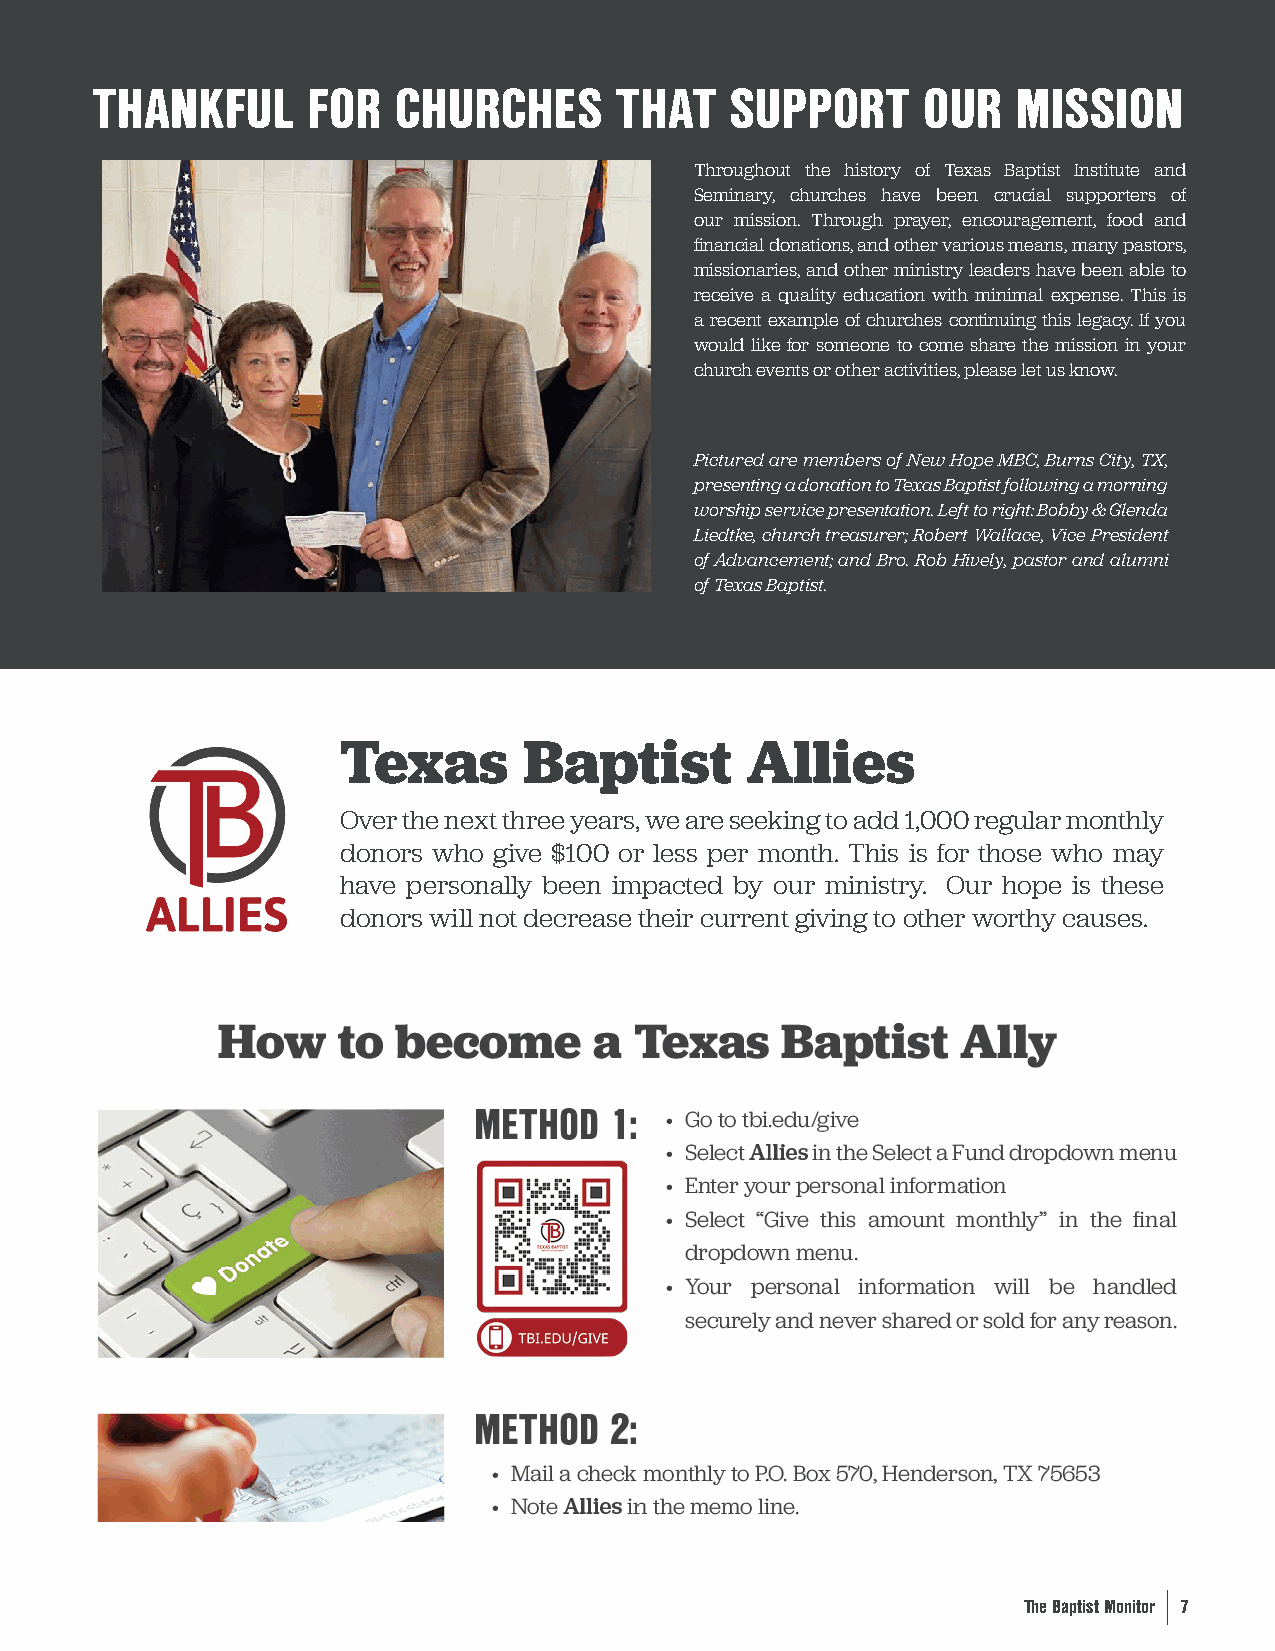
THANKFUL      FOR   CHURCHES       THAT   SUPPORT      OUR   MISSION
 Throughout the history of Texas Baptist Institute and
 Seminary, churches have been crucial supporters of
 our mission. Through prayer, encouragement, food and
 financial donations, and other various means, many pastors,
 missionaries, and other ministry leaders have been able to
 receive a quality education with minimal expense. This is
 a recent example of churches continuing this legacy. If you
 would like for someone to come share the mission in your
 church events or other activities, please let us know.
 Pictured are members of New Hope MBC, Burns City, TX,
 presenting a donation to Texas Baptist following a morning
 worship service presentation. Left to right: Bobby & Glenda
 Liedtke, church treasurer; Robert Wallace, Vice President
 of Advancement; and Bro. Rob Hively, pastor and alumni
 of Texas Baptist.
 Texas        Baptist       Allies
 Over the next three years, we are seeking to add 1,000 regular monthly
 donors who give $100 or less per month. This is for those who may
 have personally been impacted by our ministry. Our hope is these
 donors will not decrease their current giving to other worthy causes.
 The Baptist Monitor 7